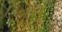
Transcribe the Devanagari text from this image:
९१४९